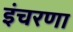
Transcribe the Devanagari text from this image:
इंचरणा